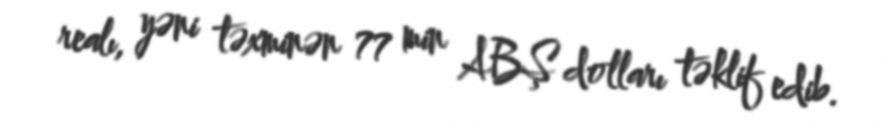
realı, yəni təxminən 77 min ABŞ dolları təklif edib.